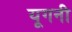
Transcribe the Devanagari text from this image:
यूगनी